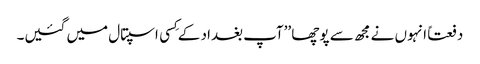
دفعتاً انہوں نے مجھ سے پوچھا ’’آپ بغداد کے کِسی اسپتال میں گئیں۔